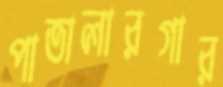
পাতালারগার